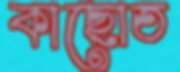
কাছোত